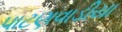
પાટણવાડીયા